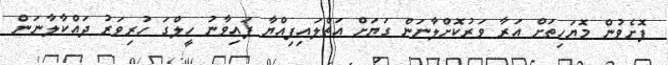
ފޮށެވުން މޮޔަހިތަށް އަރާ ވަރުކޮށްލާނަން ގަޔަށް އަތްލައިފިއްޔާ ފައިވާނު ހީލްގަ ހުރިވަރު ދައްކާލާނަން